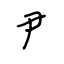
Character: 尹